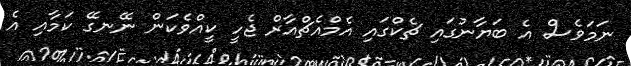
ނަމަވެސް އެ ބަޔާނުގައި ޗެކްގައި އެމްއެޗްއާރް ޖެހީ ކީއްވެކަން ނޭނގޭ ކަމާއި އެ